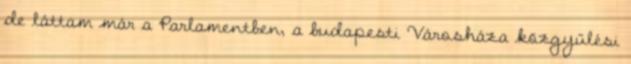
de láttam már a Parlamentben, a budapesti Városháza közgyűlési